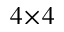
4 \! \times \! 4